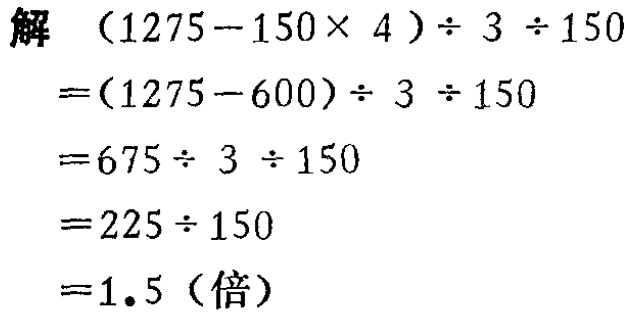
解
\[
\begin{align*}
&(1275 - 150\times4)\div3\div150\\
=&(1275 - 600)\div3\div150\\
=&675\div3\div150\\
=&225\div150\\
=&1.5(\text{倍})
\end{align*}
\]